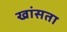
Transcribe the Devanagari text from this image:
खांसता